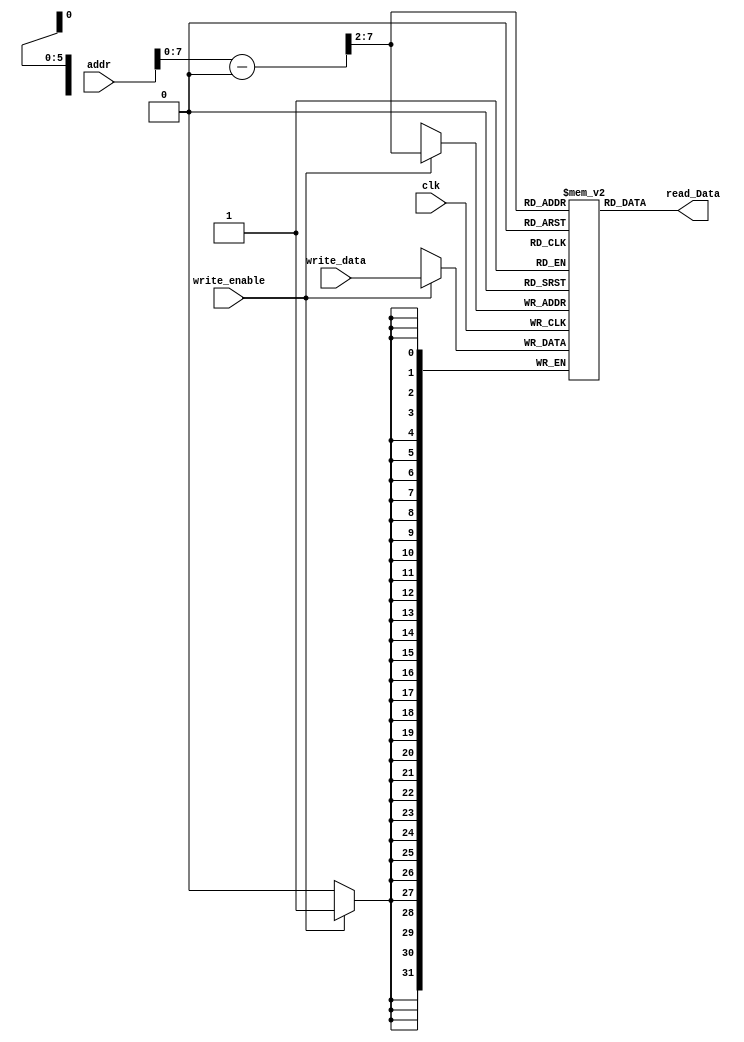
/******************************************************************
*******************
**	 MEMORIA RAM	*
**						*
**		M.Prez		*
**	28/11/2021		*
*******************
Single Port RAM varaint.
*/
//Input and output variables for the parametrizable module:
module single_port_sync_ram
#(
    parameter MEMORY_DEPTH = 64,
    parameter DATA_WIDTH = 32
)
(
    input write_enable,
	 input clk,
    input [(DATA_WIDTH-1):0] write_data,
    input [(DATA_WIDTH-1):0] addr,

    output[(DATA_WIDTH-1):0] read_Data
);

   // Declaration of RAM variable
	//64 positions of 32 bits
    reg [DATA_WIDTH-1:0] RAM [MEMORY_DEPTH-1:0];
	 wire [DATA_WIDTH-1:0] value = 32'h1001_0000;
	////Stage of send and save information by adrress value
	//The addres is adjusted inside the range and a
	//displacement is made in the address (2), the value to write
	//is previously loaded in write_data
    always @ (posedge clk)
    begin
        if (write_enable)
            RAM[(addr - value) >> 2] <= write_data;
    end
	 //Finally, the write value is assigned as output of module 
	assign read_Data = RAM[(addr - value) >> 2];

endmodule